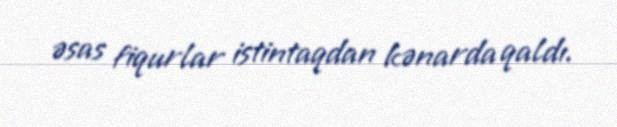
əsas fiqurlar istintaqdan kənarda qaldı.